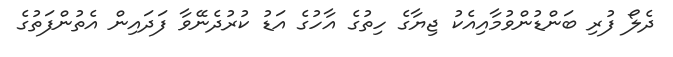
ދެލޯ ފުރި ބަންޑުންވުމާއިއެކު ޖިޔާގެ ހިތުގެ އާހުގެ އަޑު ކުރުދެނޭވާ ފަދައިން އެތުންފަތުގެ